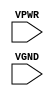
module sky130_fd_sc_hs__decap (
    //# {{power|Power}}
    input VPWR,
    input VGND
);
endmodule